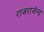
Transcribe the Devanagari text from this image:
राजराजेन्द्र